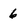
Character: 6